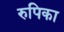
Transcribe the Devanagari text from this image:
रुपिका